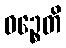
ဝဉ္စေတိ